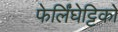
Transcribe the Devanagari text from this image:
फेर्लिंघेट्टिको